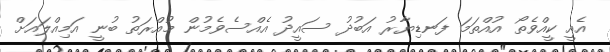
އެއީ ކީއްވެތޯ އުއްތަމަ ފަނޑިޔާރު އަބުދު ސައީދު އެއްސެވެމުން މުއްރަތު ބުނީ އަމިއްލައަށް